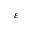
\varepsilon